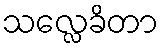
သလ္လေခိတာ